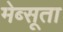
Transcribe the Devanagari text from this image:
मेब्सूता